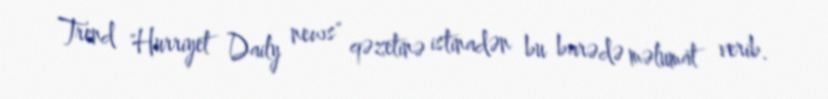
Trend "Hurriyet Daily news" qəzetinə istinadən bu barədə məlumat verib.